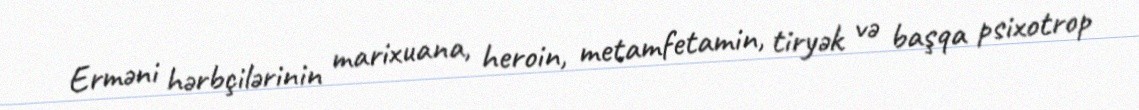
Erməni hərbçilərinin marixuana, heroin, metamfetamin, tiryək və başqa psixotrop